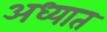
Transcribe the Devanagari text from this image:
अध्यात